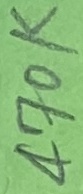
Text: 470K